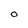
Character: O